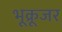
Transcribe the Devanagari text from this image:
भूक्रूजर